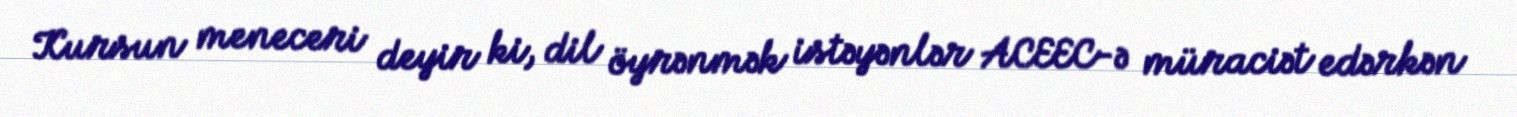
Kursun meneceri deyir ki, dil öyrənmək istəyənlər ACEEC-ə müraciət edərkən